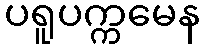
ပရူပက္ကမေန